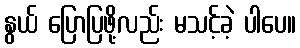
နွယ် ပြောပြဖို့လည်း မသင့်ခဲ့ ပါပေ။